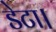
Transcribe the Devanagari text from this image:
डेटा।